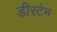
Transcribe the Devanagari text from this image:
डीस्टेम